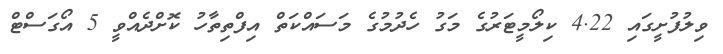
ވިލުފުށީގައި 4.22 ކިލޯމީޓަރުގެ މަގު ހެދުމުގެ މަސައްކަތް އިފްތިތާހު ކޮށްދެއްވީ 5 އޯގަސްޓް